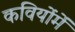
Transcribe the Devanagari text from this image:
कवियोंमें